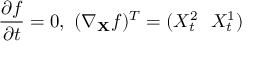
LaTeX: { \frac { \partial f } { \partial t } } = 0 , \ ( \nabla _ { \mathbf { X } } f ) ^ { T } = ( X _ { t } ^ { 2 } \ \ X _ { t } ^ { 1 } )